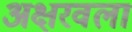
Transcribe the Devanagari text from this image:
अक्षरवला